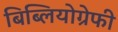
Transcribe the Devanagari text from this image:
बिब्लियोग्रेफी